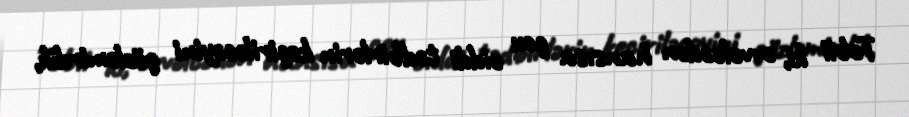
Təbii ki, əvvəlcədən hansısa çox ciddi tədbirlərin keçiriləcəyini gözləmirdik,